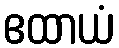
ဧထာယံ